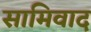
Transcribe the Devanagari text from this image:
सामिवाद